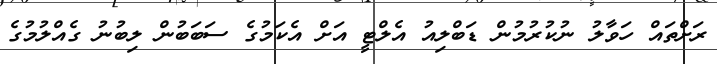
ރަށްތައް ހަވާލު ނުކުރުމުން ޑަބްލިއު އެލްޓީ އަށް އެކަމުގެ ސަބަބުން ލިބުނު ގެއްލުމުގެ